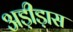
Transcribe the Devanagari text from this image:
अड़ीड़ास